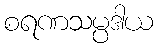
စရဏသမ္ပဒါယ